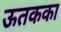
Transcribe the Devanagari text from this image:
ऊतकका